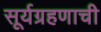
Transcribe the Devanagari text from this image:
सूर्यग्रहणाची